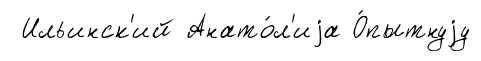
Ильинск'ий Анато́л'иjа О́пытнуjу